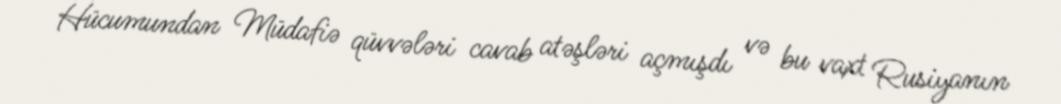
Hücumundan Müdafiə qüvvələri cavab atəşləri açmışdı və bu vaxt Rusiyanın